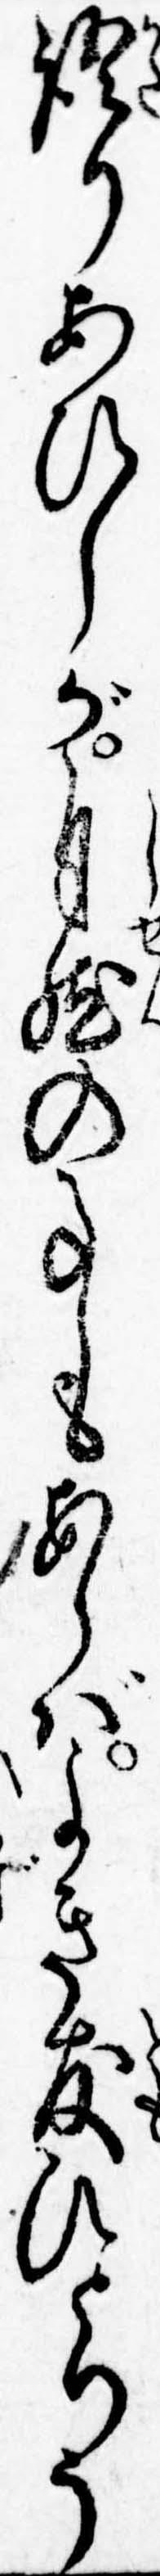
語りあひしが自然の事もあらばよき友ひとりう